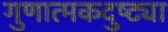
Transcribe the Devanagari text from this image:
गुणात्मकदुष्ट्या